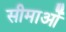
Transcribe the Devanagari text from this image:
सीमाओँ